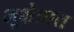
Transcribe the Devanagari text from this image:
भूक्षेत्रात